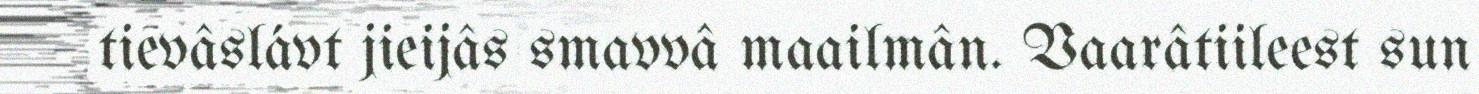
tievâslávt jieijâs smavvâ maailmân. Vaarâtiileest sun